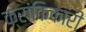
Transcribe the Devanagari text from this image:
क्रांकिकारी